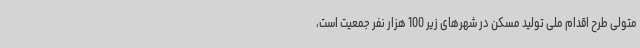
متولی طرح اقدام ملی تولید مسکن در شهرهای زیر 100 هزار نفر جمعیت است،